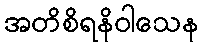
အတိစိရနိဝါသေန